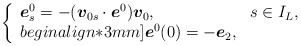
\begin{align*}\left\{\begin{array}{ll}\mbox{\mathversion{bold}$e$}^{0}_{s}=-(\mbox{\mathversion{bold}$v$}_{0s}\cdot \mbox{\mathversion{bold}$e$}^{0})\mbox{\mathversion{bold}$v$}_{0}, & s\in I_{L}, \\begin{align*}3mm]\mbox{\mathversion{bold}$e$}^{0}(0)=-\mbox{\mathversion{bold}$e$}_{2}, & \ \end{array}\right.\end{align*}